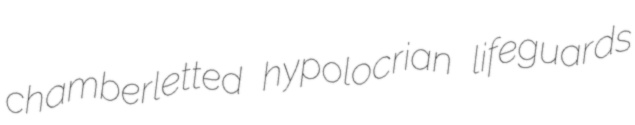
chamberletted hypolocrian lifeguards